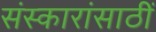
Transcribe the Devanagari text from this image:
संस्कारांसाठीं